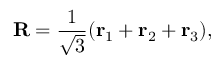
{ \bf R } = \frac { 1 } { \sqrt { 3 } } ( { \bf r } _ { 1 } + { \bf r } _ { 2 } + { \bf r } _ { 3 } ) ,